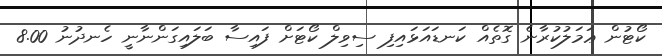
ކޯޓުން ޢަމަލުކުރާނެ ގޮތެއް ކަނޑައަޅައިފި ސިވިލް ކޯޓަށް ފައިސާ ބަލައިގަންނާނީ ހެނދުނު 8.00